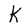
Character: K